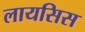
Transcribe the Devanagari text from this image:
लायसिस